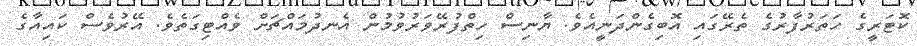
ކޮޓަރީގެ ހަތަރުފާރުގެ ތެރޭގައި އޮބިގެންދަނީއެވެ. ޔާނިސް ހިތްފުރޭވަރުވުމުން އެނދުމައްޗަށް ވެއްޓިގަތެވެ. އޭރުވެސް ކައިއާގެ